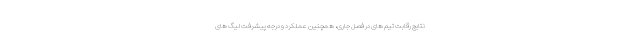
نتایج رقابت تیم های در فصل جاری، همچنین عملکرد و درجه پیشرفت لیگ های